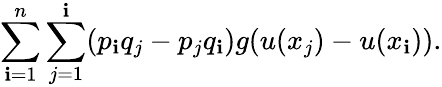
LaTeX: \sum_{\mathbf{i}=1}^{n}\sum_{j=1}^{\mathbf{i}}(p_{\mathbf{i}}q_{j}-p_{j}q_{\mathbf{i}})g(u(x_{j})-u(x_{\mathbf{i}})).